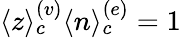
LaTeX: \langle z\rangle_{c}^{(v)}\langle n\rangle_{c}^{(e)}=1